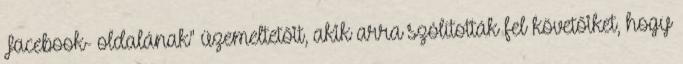
Facebook- oldalának" üzemeltetőit, akik arra szólították fel követőiket, hogy